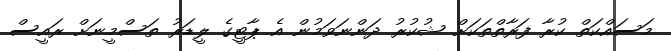
މަސައްކަތް ކުރާ ފަރާތްތަކަށް ޝުކުރު ދަންނަވަމުން އެ ޕާޓީގެ ލީޑަރު ތަސްމީނަށް ރައީސް